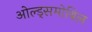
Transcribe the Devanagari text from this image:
ओल्ड्समोबिल